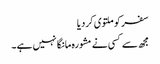
سفر کو ملتوی کردیا
مجھ سے کسی نے مشورہ مانگا نہیں ہے ۔